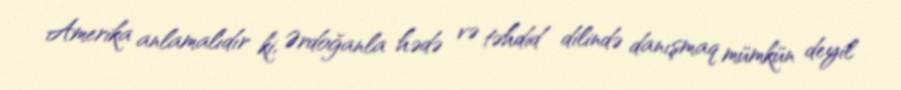
Amerika anlamalıdır ki, Ərdoğanla hədə və təhdid dilində danışmaq mümkün deyil